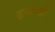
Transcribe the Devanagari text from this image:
सुखवतो